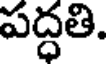
పద్ధతి.